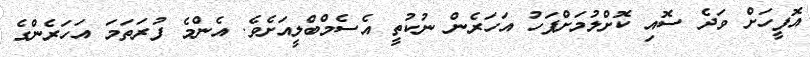
އޮފީހަށް ވަދެ ސޮއި ކޮށްލުމަށްފަހު އަހަރެން ނުކުތީ އެސެމްބްލީއަށެވެ. އެންމެ ފުރަތަމަ އަހަރެންގެ